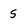
Character: 5